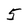
Character: 5